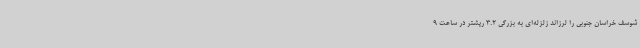
شوسف خراسان جنوبی را لرزاند زلزله‌ای به بزرگی 3.2 ریشتر در ساعت 9